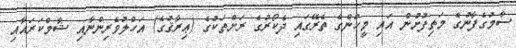
ސާމުގެފާނުގެ މަތިފުށުން އައި މީހުންގެ ތެރޭގައި ދެކޯރުގެ ރަށްތަކުގެ (ޢިރާޤުގެ) އަހްލުވެރިިންނާއި ޝާމްކަރައާއި